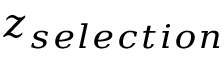
z _ { s e l e c t i o n }